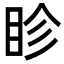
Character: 眕